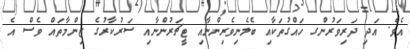
އެވެ. އަދި ދަރިވަރުންެގ ހައްގުތަކާއި ބެލެނިވެރިންނާއި ޓީޗަރުންނާއި ސަރުކާރުގެ ޒިންމާތައް ވެސް އެ